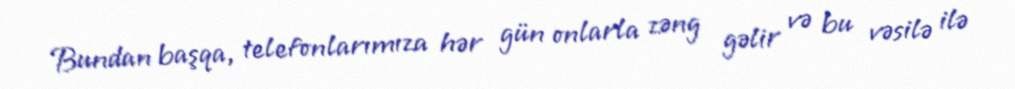
Bundan başqa, telefonlarımıza hər gün onlarla zəng gəlir və bu vəsilə ilə